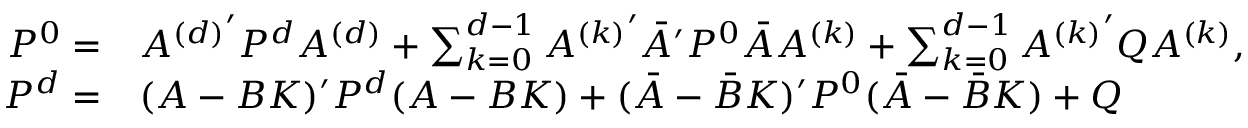
\begin{array} { r l } { P ^ { 0 } = } & { { A ^ { ( d ) } } ^ { \prime } P ^ { d } A ^ { ( d ) } + \sum _ { k = 0 } ^ { d - 1 } { A ^ { ( k ) } } ^ { \prime } \bar { A } ^ { \prime } P ^ { 0 } \bar { A } A ^ { ( k ) } + \sum _ { k = 0 } ^ { d - 1 } { A ^ { ( k ) } } ^ { \prime } Q A ^ { ( k ) } , } \\ { P ^ { d } = } & { ( A - B K ) ^ { \prime } P ^ { d } ( A - B K ) + ( \bar { A } - \bar { B } K ) ^ { \prime } P ^ { 0 } ( \bar { A } - \bar { B } K ) + Q } \end{array}